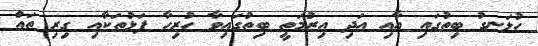
ހުޅަނގު ބިތުގައި އާއި އަދި އިރުމަތީ ބިތުގައިވާ ހުރިހާ ފަޅުތަކާއި ގިރި ތައް